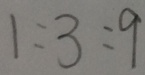
1 : 3 : 9